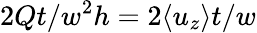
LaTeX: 2Qt/w^{2}h=2\langle u_{z}\rangle t/w